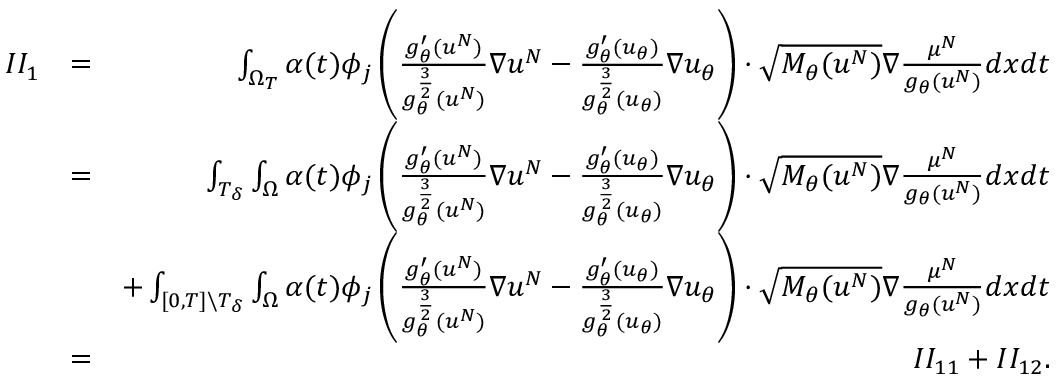
\begin{array} { r l r } { I I _ { 1 } } & { = } & { \int _ { \Omega _ { T } } \alpha ( t ) \phi _ { j } \left( \frac { g _ { \theta } ^ { \prime } ( u ^ { N } ) } { g _ { \theta } ^ { \frac { 3 } { 2 } } ( u ^ { N } ) } \nabla u ^ { N } - \frac { g _ { \theta } ^ { \prime } ( u _ { \theta } ) } { g _ { \theta } ^ { \frac { 3 } { 2 } } ( u _ { \theta } ) } \nabla u _ { \theta } \right) \cdot \sqrt { M _ { \theta } ( u ^ { N } ) } \nabla \frac { \mu ^ { N } } { g _ { \theta } ( u ^ { N } ) } d x d t } \\ & { = } & { \int _ { T _ { \delta } } \int _ { \Omega } \alpha ( t ) \phi _ { j } \left( \frac { g _ { \theta } ^ { \prime } ( u ^ { N } ) } { g _ { \theta } ^ { \frac { 3 } { 2 } } ( u ^ { N } ) } \nabla u ^ { N } - \frac { g _ { \theta } ^ { \prime } ( u _ { \theta } ) } { g _ { \theta } ^ { \frac { 3 } { 2 } } ( u _ { \theta } ) } \nabla u _ { \theta } \right) \cdot \sqrt { M _ { \theta } ( u ^ { N } ) } \nabla \frac { \mu ^ { N } } { g _ { \theta } ( u ^ { N } ) } d x d t } \\ & { } & { + \int _ { [ 0 , T ] \backslash T _ { \delta } } \int _ { \Omega } \alpha ( t ) \phi _ { j } \left( \frac { g _ { \theta } ^ { \prime } ( u ^ { N } ) } { g _ { \theta } ^ { \frac { 3 } { 2 } } ( u ^ { N } ) } \nabla u ^ { N } - \frac { g _ { \theta } ^ { \prime } ( u _ { \theta } ) } { g _ { \theta } ^ { \frac { 3 } { 2 } } ( u _ { \theta } ) } \nabla u _ { \theta } \right) \cdot \sqrt { M _ { \theta } ( u ^ { N } ) } \nabla \frac { \mu ^ { N } } { g _ { \theta } ( u ^ { N } ) } d x d t } \\ & { = } & { I I _ { 1 1 } + I I _ { 1 2 } . } \end{array}